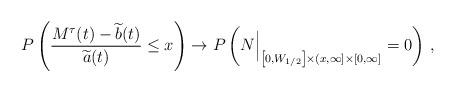
LaTeX: \begin{align*}P\left(\frac{M^\tau(t)-\widetilde{b}(t)}{\widetilde{a}(t)}\leq x\right)\to P\left(N\Big\vert_{\left[0,W_{1/2}\right]\times (x,\infty]\times[0,\infty]}=0\right)\,, \end{align*}